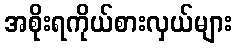
အစိုးရကိုယ်စားလှယ်များ